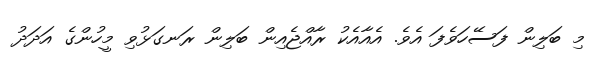
މި ބަލިން ފަސޭހަވެފަ އެވެ. އެއާއެކު ރާއްޖެއިން ބަލިން ރަނގަޅުވި މީހުންގެ އަދަދު